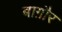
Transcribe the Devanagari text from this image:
बाग़ौर